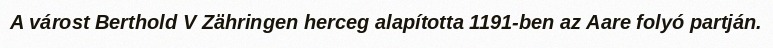
A várost Berthold V Zähringen herceg alapította 1191-ben az Aare folyó partján.